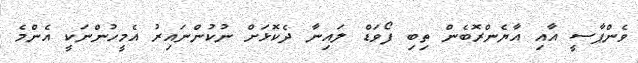
ވެންޕާސީ އާއި އާޔެންރޮބެން ތިބި ފޯވަޑް ލައިނާ ދެކޮޅަށް ނުކުންނައިރު އެމީހުންނަކީ އެންމެ